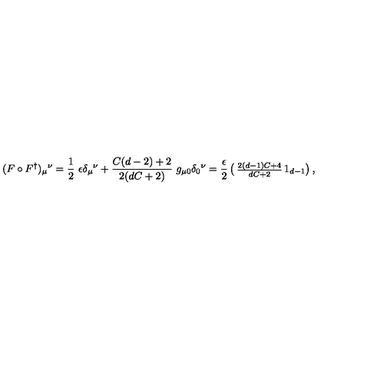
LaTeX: ( F \circ F ^ { \dag } ) _ { \mu } { } ^ { \nu } = \frac { 1 } { 2 } \ \epsilon \delta _ { \mu } { } ^ { \nu } + \frac { C ( d - 2 ) + 2 } { 2 ( d C + 2 ) } \ g _ { \mu 0 } \delta _ { 0 } { } ^ { \nu } = \frac { \epsilon } { 2 } \left( \begin{matrix} { \frac { 2 ( d - 1 ) C + 4 } { d C + 2 } } & { } \\ { } & { 1 _ { d - 1 } } \\ \end{matrix} \right) ,